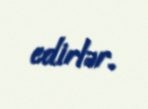
edirlər.